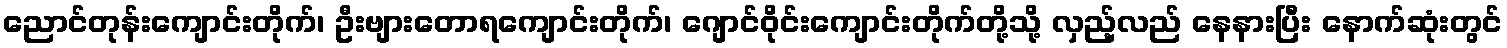
ညောင်တုန်းကျောင်းတိုက်၊ ဦးဗျားတောရကျောင်းတိုက်၊ ဂျောင်ဝိုင်းကျောင်းတိုက်တို့သို့ လှည့်လည် နေနားပြီး နောက်ဆုံးတွင်